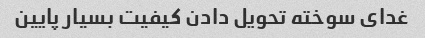
غدای سوخته تحویل دادن کیفیت بسیار پایین